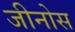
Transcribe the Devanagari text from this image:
जीनोस